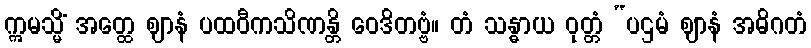
ဣမသ္မိံ အတ္ထေ ဈာနံ ပထဝီကသိဏန္တိ ဝေဒိတဗ္ဗံ။ တံ သန္ဓာယ ဝုတ္တံ “ပဌမံ ဈာနံ အဓိဂတံ